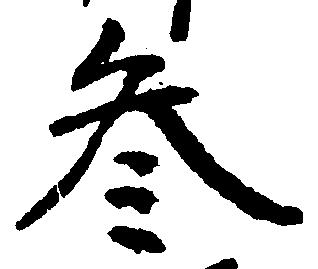
参